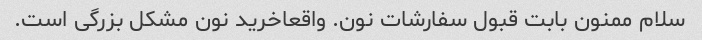
سلام ممنون بابت قبول سفارشات نون. واقعاخرید نون مشکل بزرگی است.